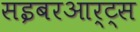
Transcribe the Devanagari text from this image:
सइबरआर्ट्स